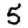
Digit: 5